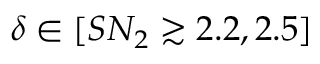
\delta \in [ S N _ { 2 } \gtrsim 2 . 2 , 2 . 5 ]